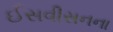
ઈસવીસનના